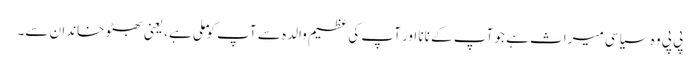
پی پی وہ سیاسی میراث ہے جو آپ کے نانا اور آپ کی عظیم والدہ سے آپ کو ملی ہے، یعنی بھٹو خاندان سے۔